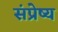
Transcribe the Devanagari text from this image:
संप्रेष्य